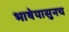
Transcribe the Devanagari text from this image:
भाषेपासुनच